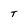
Character: T